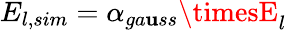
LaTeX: E_{l,sim}=\alpha_{ga\mathbf{u}ss}\timesE_{l}